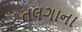
તલગાના